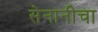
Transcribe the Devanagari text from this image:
सेनानीचा